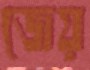
জেয়